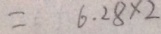
= 6 . 2 8 \times 2